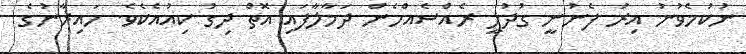
ނުކުމެވުނު އިރު ފެނުނީ ގުދުލީ ރެއްސެއްހެން ދަމާލާފައި އޮތް ދިގު ކިއުއެކެވެ. ހައިރާނުގެ